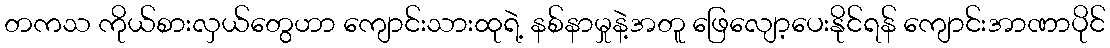
တကသ ကိုယ်စားလှယ်တွေဟာ ကျောင်းသားထုရဲ့ နစ်နာမှုနဲ့အတူ ဖြေလျော့ပေးနိုင်ရန် ကျောင်းအာဏာပိုင်